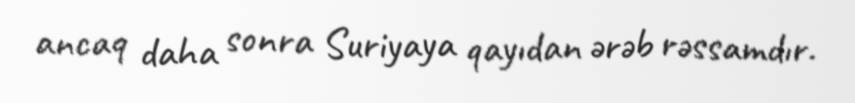
ancaq daha sonra Suriyaya qayıdan ərəb rəssamdır.